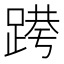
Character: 𰸝